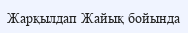
Жарқылдап Жайық бойында